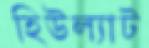
হিউল্যাট